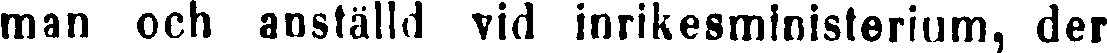
man och anställd vid inrikesministerium, der